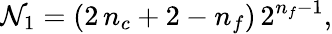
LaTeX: {\cal N}_{1}=(2\, n_{c}+2-n_{f})\, 2^{n_{f}-1},